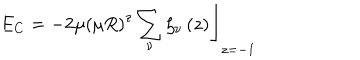
LaTeX: E _ { C } = - 2 \mu \left. \left( \mu R \right) ^ { z } \sum _ { \nu } \zeta _ { \nu } \left( z \right) \right\rfloor _ { z = - 1 }